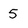
Character: 5